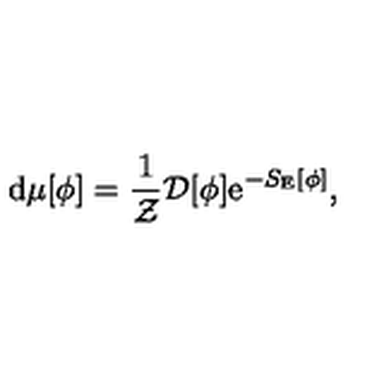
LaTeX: \mathrm { d } \mu [ \phi ] = \frac { 1 } { { \cal Z } } { \cal D } [ \phi ] \mathrm { e } ^ { - S _ { \mathrm { E } } [ \phi ] } ,